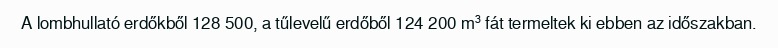
A lombhullató erdőkből 128 500, a tűlevelű erdőből 124 200 m³ fát termeltek ki ebben az időszakban.